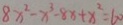
8 x ^ { 2 } - x ^ { 3 } - 8 x + x ^ { 2 } = 6 0